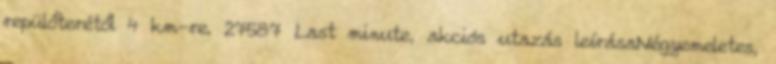
repülőterétől 4 km-re. 27587 Last minute, akciós utazás leírásaNégyemeletes,